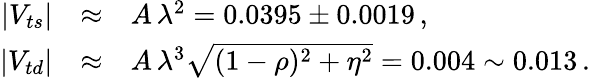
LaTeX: \begin{array}{rcl}{{|V_{ts}|}}&{{\approx}}&{{A\, \lambda^{2}=0.0395\pm 0.0019\, ,}}\\ {{|V_{td}|}}&{{\approx}}&{{A\, \lambda^{3}\sqrt{(1-\rho)^{2}+\eta^{2}}=0.004\sim 0.013\, .}}\end{array}